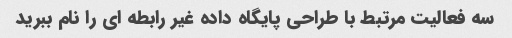
سه فعالیت مرتبط با طراحی پایگاه داده غیر رابطه ای را نام ببرید